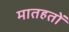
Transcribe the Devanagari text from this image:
मातहतों